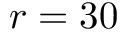
r = 3 0